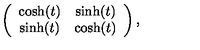
\left( \begin{array} { c c } { \cosh ( t ) } & { \sinh ( t ) } \\ { \sinh ( t ) } & { \cosh ( t ) } \\ \end{array} \right) ,